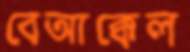
বেআক্কেল